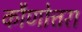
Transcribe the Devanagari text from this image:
कौणोत्तरा